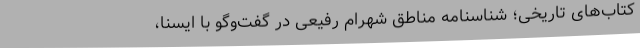
کتاب‌های تاریخی؛ شناسنامه مناطق شهرام‌ رفیعی در گفت‌وگو با ایسنا،